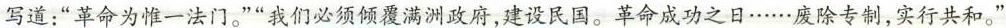
写道：”革命为惟一法门。””我们必须倾覆满洲政府，建设民国。革命成功之日……废除专制，实行共和。"